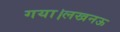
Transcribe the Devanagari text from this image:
गया।लखनऊ